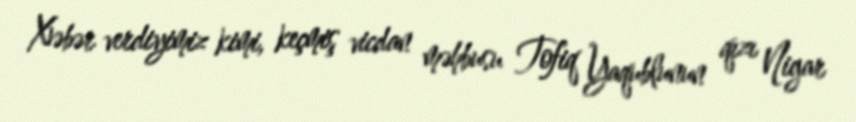
Xəbər verdiyimiz kimi, keçmiş vicdan məhbusu Tofiq Yaqublunun qızı Nigar